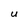
Character: U